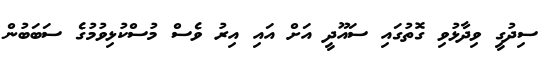
ސިދުގީ ވިދާޅުވި ގޮތުގައި ސައޫދީ އަށް އައި އިރު ވެސް މުސްކުޅިވުމުގެ ސަބަބުން